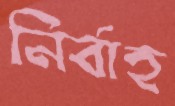
নির্বাহ